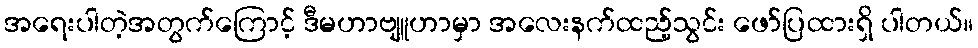
အရေးပါတဲ့အတွက်ကြောင့် ဒီမဟာဗျူဟာမှာ အလေးနက်ထည့်သွင်း ဖော်ပြထားရှိ ပါတယ်။